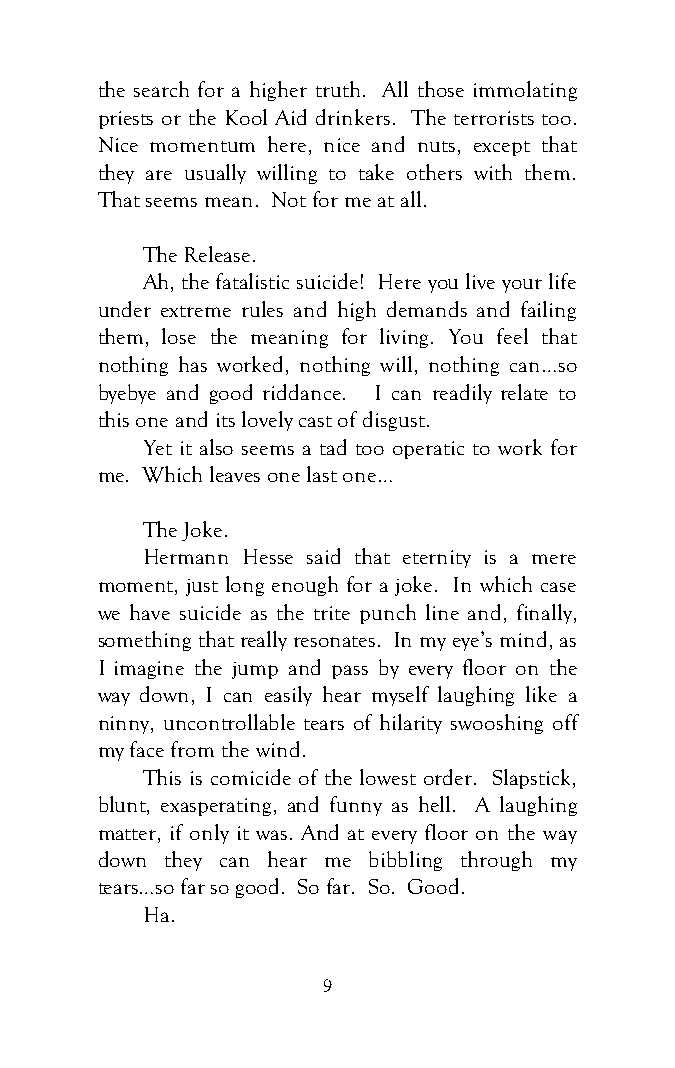
the search for a higher truth. All those immolating
 priests or the Kool Aid drinkers. The terrorists too.
 Nice momentum here, nice and nuts, except that
 they are usually willing to take others with them.
 That seems mean. Not for me at all.
 The Release.
 Ah, the fatalistic suicide! Here you live your life
 under extreme rules and high demands and failing
 them, lose the meaning for living. You feel that
 nothing has worked, nothing will, nothing can…so
 byebye and good riddance. I can readily relate to
 this one and its lovely cast of disgust.
 Yet it also seems a tad too operatic to work for
 me. Which leaves one last one…
 The Joke.
 Hermann Hesse said that eternity is a mere
 moment, just long enough for a joke. In which case
 we have suicide as the trite punch line and, finally,
 something that really resonates. In my eye’s mind, as
 I imagine the jump and pass by every floor on the
 way down, I can easily hear myself laughing like a
 ninny, uncontrollable tears of hilarity swooshing off
 my face from the wind.
 This is comicide of the lowest order. Slapstick,
 blunt, exasperating, and funny as hell. A laughing
 matter, if only it was. And at every floor on the way
 down they can hear me bibbling through my
 tears…so far so good. So far. So. Good.
 Ha.
 9